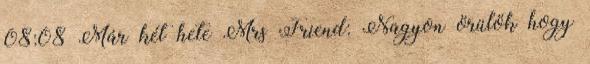
08:08 Már két hete Mrs Friend: Nagyon örülök hogy